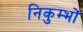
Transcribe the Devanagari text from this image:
निकुम्भों